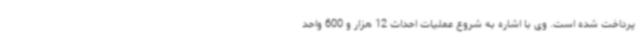
پرداخت شده است. وی با اشاره به شروع عملیات احداث 12 هزار و 600 واحد